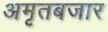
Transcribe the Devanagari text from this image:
अमृतबजार